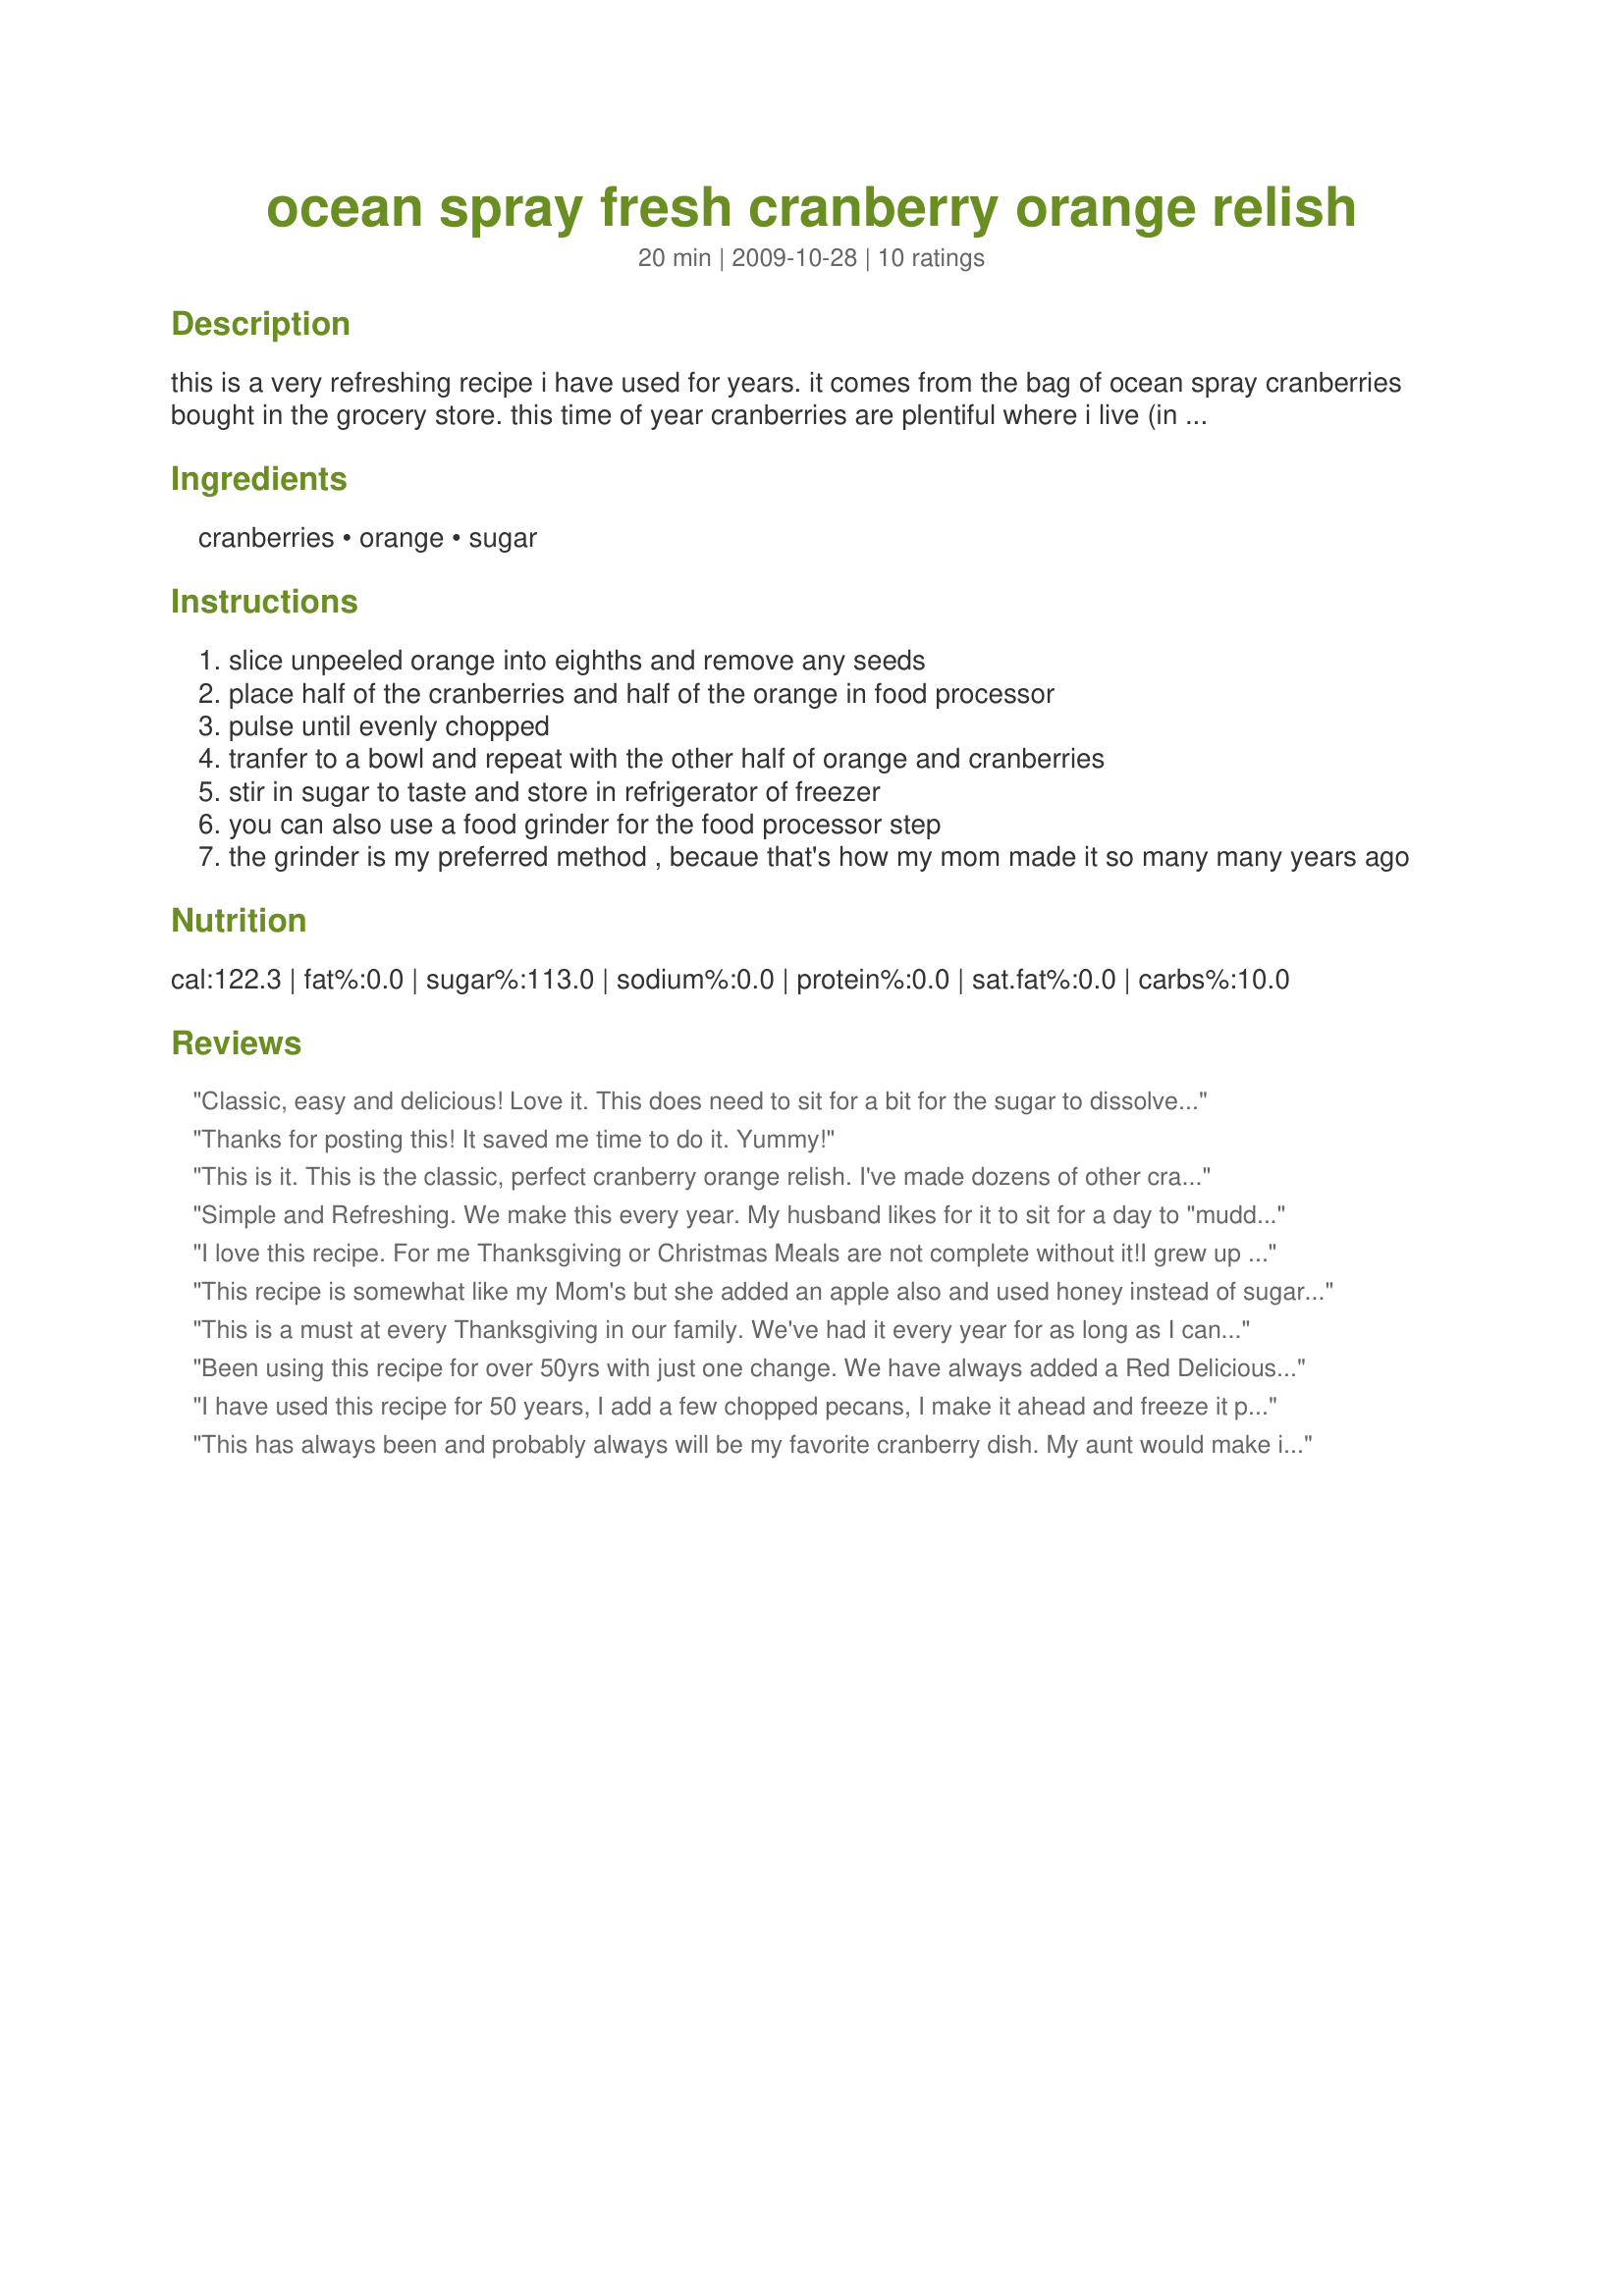
ocean spray fresh cranberry orange relish
Preparation time: 20 minutes

this is a very refreshing recipe i have used for years. it comes from the bag of ocean spray cranberries bought in the grocery store. this time of year cranberries are plentiful where i live (in fact i have a huge bag 21 pounds in the refrigerator) so right now i try to give new recipes a try before the fresh ones have to go into the freezer. give it a try it goes great with your thanksgiving dinner. enjoy!

Ingredients:
cranberries, orange, sugar

Steps:
slice unpeeled orange into eighths and remove any seeds
place half of the cranberries and half of the orange in food processor
pulse until evenly chopped
tranfer to a bowl and repeat with the other half of orange and cranberries
stir in sugar to taste and store in refrigerator of freezer
you can also use a food grinder for the food processor step
the grinder is my preferred method , becaue that's how my mom made it so many many years ago

Reviews:
Classic, easy and delicious! Love it. This does need to sit for a bit for the sugar to dissolve and lose the crunchy texture.
Thanks for posting this! It saved me time to do it. Yummy!
This is it. This is the classic, perfect cranberry orange relish. I've made dozens of other cranberry relish or cranberry sauce recipes, and they're all good -- but nothing beats this one!
Simple and Refreshing. We make this every year. My husband likes for it to sit for a day to "muddle".
I love this recipe. For me Thanksgiving or Christmas Meals are not complete without it!<br/>I grew up with it as my one of my Moms regular Holiday dishes... I always remembered her complaining about how long it took to make! Well Mom did not have a Cuisinart Food Processor, only an old style blender with a "Chopping/Grinder" attachment you put on it... When I grew up and wanted to make it on my own and asked her for the recipe. She said its on the back of the Ocean Spray Cranberries... So I bought some, read them and realized that before "Food Processors," this would have been a big deal to make, Now I can do 3 batches all at once in 20 minutes or so. As an interesting addition, I now often add a little Tobasco sauce to it to give it just a hint of heat kick to the sweet! Enjoy!
This recipe is somewhat like my Mom's but she added an apple also and used honey instead of sugar to keep it healthy. It does take more stirring to blend, but worth it!
This is a must at every Thanksgiving in our family. We've had it every year for as long as I can remember.
Been using this recipe for over 50yrs with just one change. We have always added a Red Delicious apple.
I have used this recipe for 50 years, I add a few chopped pecans, I make it ahead and freeze it prior to Thanksgiving and Christmas. I love the juice it makes, great on left over Turkey, !
This has always been and probably always will be my favorite cranberry dish. My aunt would make it at Thanksgiving when we'd all get together.<br/>Thanks for posting this so i could remember the ratios!
